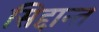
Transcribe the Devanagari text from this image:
सिद्दान्त